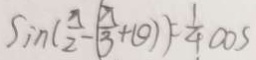
\sin ( \frac { \pi } { 2 } - ( \frac { \pi } { 3 } + \theta ) ) = \frac { 1 } { 4 } \cos